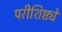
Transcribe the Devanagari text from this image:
परीशिष्ट्ये